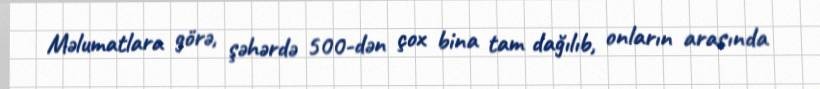
Məlumatlara görə, şəhərdə 500-dən çox bina tam dağılıb, onların arasında